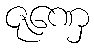
ဇုဏှေ